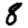
Digit: 8